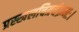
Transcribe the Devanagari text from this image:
प्रस्खलचित्रचंक्रमः।